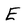
Character: E